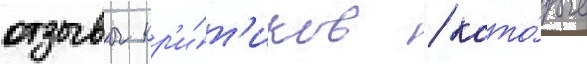
отзывы кр'и́т'иков / кото́рые